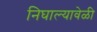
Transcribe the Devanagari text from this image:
निघाल्यावेळी